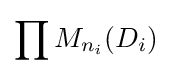
\prod M_{n_{i}}(D_{i})